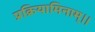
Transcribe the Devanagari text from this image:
प्रक्रियामिनाम्।।